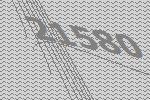
21580